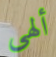
ألهى